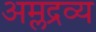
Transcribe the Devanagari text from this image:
अम्लद्रव्य